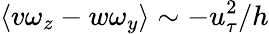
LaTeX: \langle v\omega_{z}-w\omega_{y}\rangle\sim-u_{\tau}^{2}/h